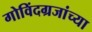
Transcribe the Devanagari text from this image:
गोविंदग्रजांच्या